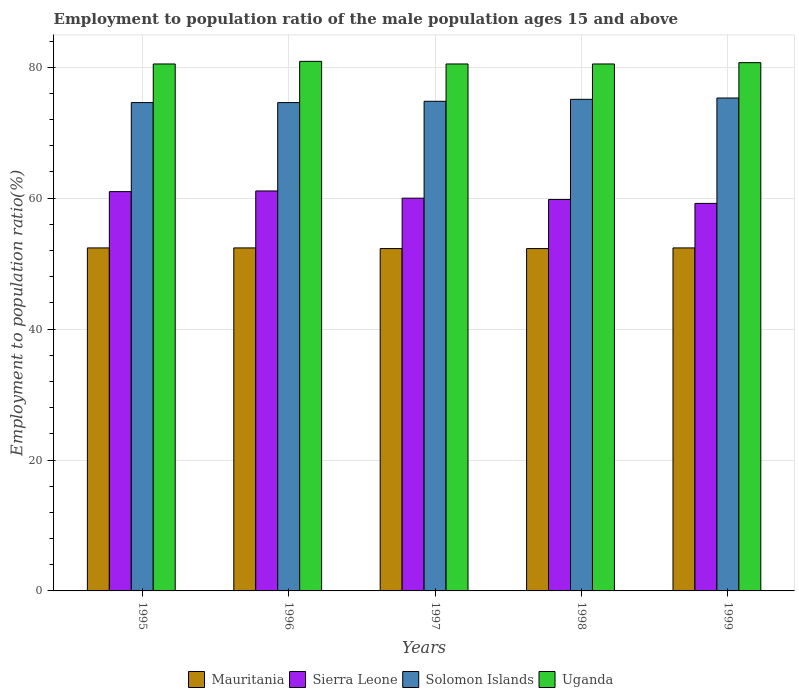
| Years | Mauritania | Sierra Leone | Solomon Islands | Uganda |
 | --- | --- | --- | --- | --- |
 | 1995 | 52.4 | 61 | 74.6 | 80.5 |
 | 1996 | 52.4 | 61.1 | 74.6 | 80.9 |
 | 1997 | 52.3 | 60 | 74.8 | 80.5 |
 | 1998 | 52.3 | 59.8 | 75.1 | 80.5 |
 | 1999 | 52.4 | 59.2 | 75.3 | 80.7 |